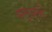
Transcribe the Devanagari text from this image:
भलुअनी